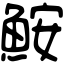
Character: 鮟